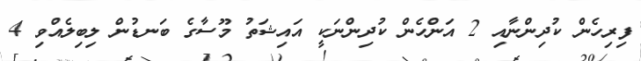
ފިރިހެން ކުދިންނާއި 2 އަންހެން ކުދިންނަކީ އައިޝަތު މޫސާގެ ބަނޑުން ލިބިލެއްވި 4